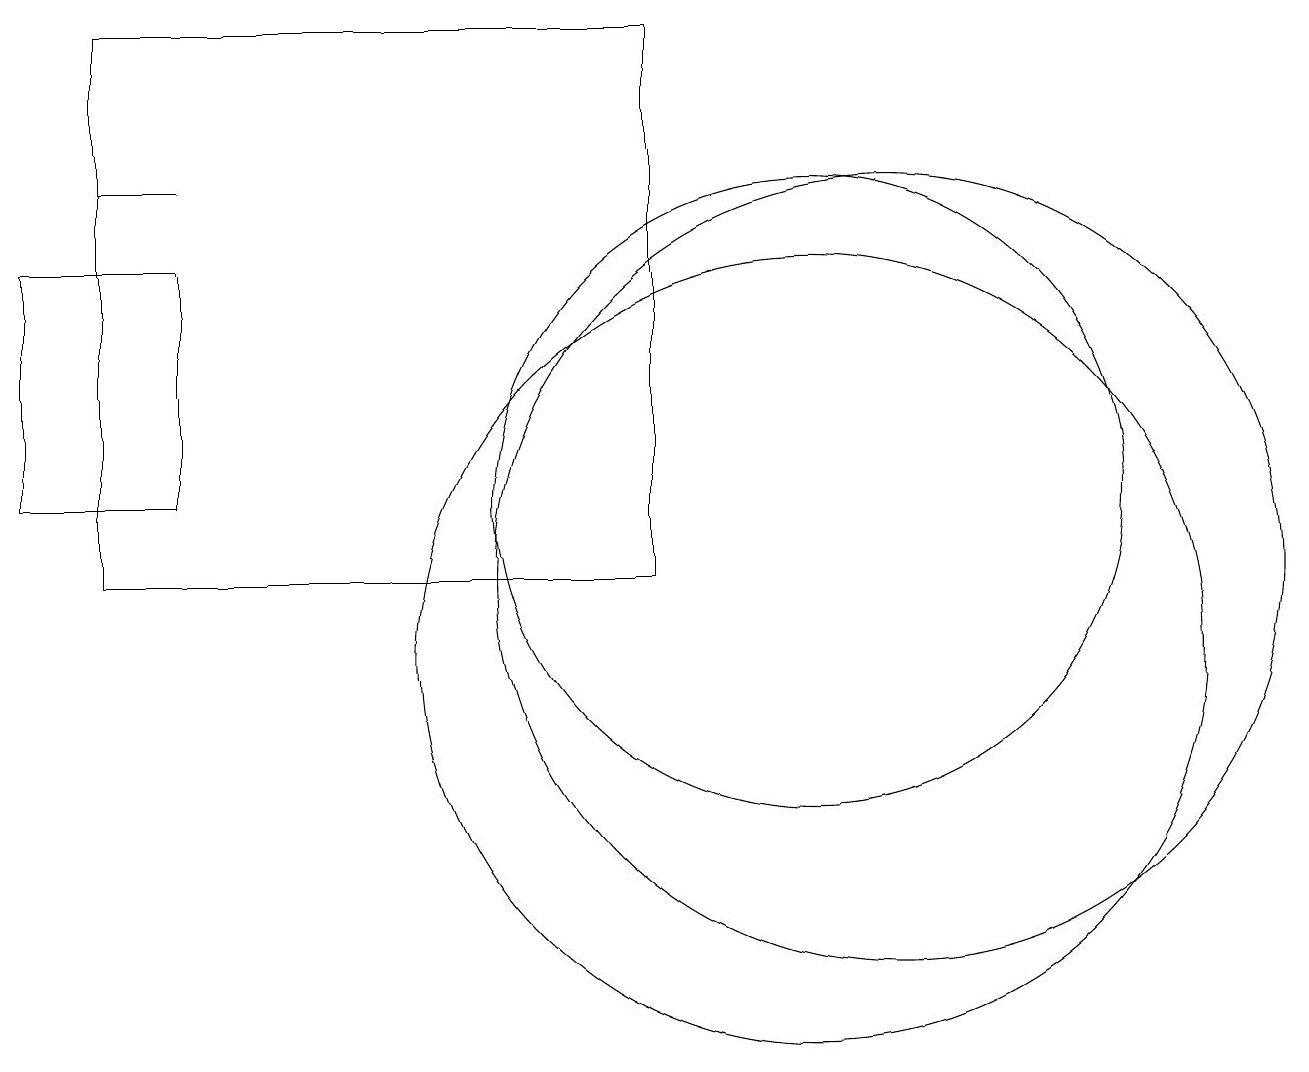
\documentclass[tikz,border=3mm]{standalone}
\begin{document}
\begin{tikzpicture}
\draw (10,12) circle (4);
\draw (11,11) circle (5);
\draw (10,10) circle (5);
\draw (0,15) rectangle (2,12);
\draw (1,16) rectangle (2,16);
\draw (1,18) rectangle (8,11);
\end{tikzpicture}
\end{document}